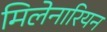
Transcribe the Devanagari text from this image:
मिलेनारियन